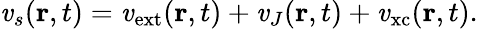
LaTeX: \mathit{v}_{s}(\mathbf{{r}},t)=\mathit{v}_{\mathrm{{{ext}}}}(\mathbf{{r}},t)+\mathit{v}_{J}(\mathbf{{r}},t)+\mathit{v}_{\mathrm{{{xc}}}}(\mathbf{{r}},t).